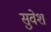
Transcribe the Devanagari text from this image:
सुवेश